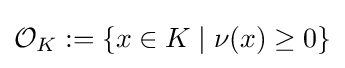
{\mathcal {O}}_{K}:=\left\{x\in K\mid \nu (x)\geq 0\right\}